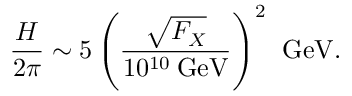
\frac { H } { 2 \pi } \sim 5 \left( \frac { \sqrt { F _ { X } } } { 1 0 ^ { 1 0 } \: \mathrm { G e V } } \right) ^ { 2 } \: \: \mathrm { G e V } .